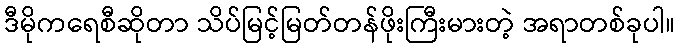
ဒီမိုကရေစီဆိုတာ သိပ်မြင့်မြတ်တန်ဖိုးကြီးမားတဲ့ အရာတစ်ခုပါ။